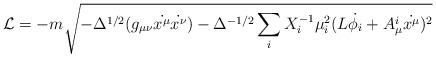
LaTeX: \begin{align*} \mathcal{L} = -m \sqrt{- \Delta^{1/2}(g_{\mu \nu}\dot{x^{\mu}}\dot{ x^{\nu}}) - \Delta^{-1/2} \sum_i X_i^{-1} \mu_i^2 (L \dot{\phi_i} + A^i_{\mu} \dot{x^{\mu}})^2}\end{align*}